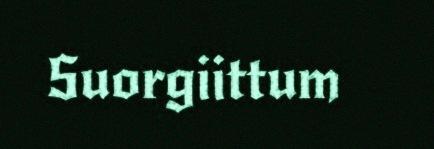
Suorgiittum